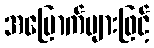
အမြောက်များဖြင့်